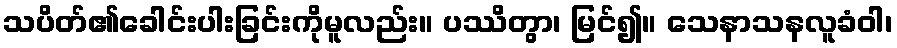
သပိတ်၏ခေါင်းပါးခြင်းကိုမူလည်း။ ပဿိတွာ၊ မြင်၍။ သေနာသနလူခံဝါ၊